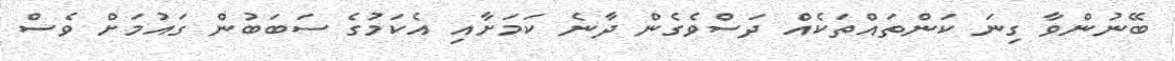
ބޭނުންވާ ގިނަ ކަންތައްތަކެއް ދަސްވެގެން ދާނެ ކަމަށާއި އެކަމުގެ ސަބަބުން ގައުމަށް ވެސް